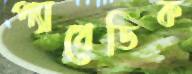
প্যাথেডিক